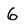
Character: 6